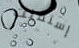
إستقلت